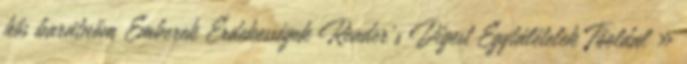
hős barátnőm Emberek Érdekességek Reader's Digest Egytálételek Főoldal »